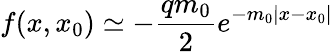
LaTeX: f(x,x_{0})\simeq-\frac{qm_{0}}{2}e^{-m_{0}|x-x_{0}|}